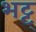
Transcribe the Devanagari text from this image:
भट्ट्